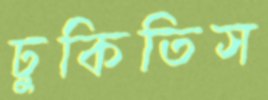
ঢুকিতিস